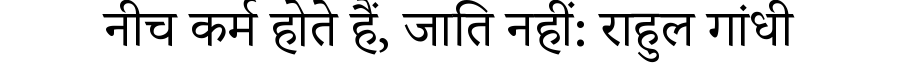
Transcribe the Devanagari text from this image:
नीच कर्म होते हैं, जाति नहीं: राहुल गांधी